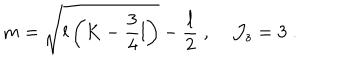
m = \sqrt { l \left( K - \frac { 3 } { 4 } l \right) } - \frac { l } { 2 } \; , \; { \cal J } _ { z } = 3 \; .